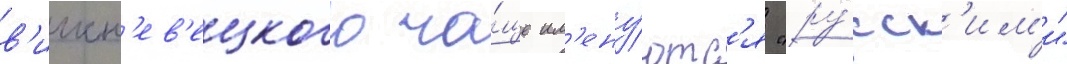
в'ишн'ев'ецкого ча́ще им'ену́ютс'я "ру́сск'им'и"